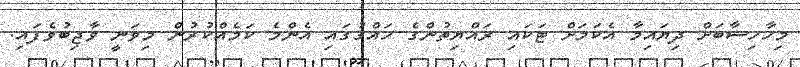
މިހާހިސާބަށް ދިޔައިމާ އެކަމަށް ޓަކައި ރައްޔިތުންގެ ހައްގުގައި އެންމެ ކަމެއްކުރުން މިވަނީ ވާޖިބުވެފައި.